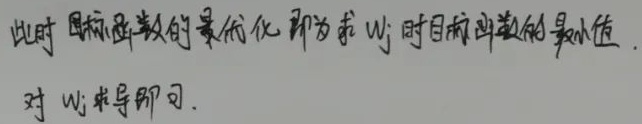
此时目标函数的最优化即为求 \(w_j\) 时目标函数的最小值。对 \(w_j\) 求导即可。